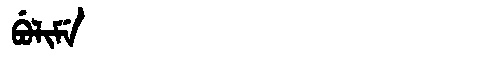
Manchu: ᠪᡠᠯᡳᠮᡝ
Romanization: BULIME